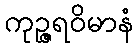
ကုဉ္ဇရဝိမာနံ